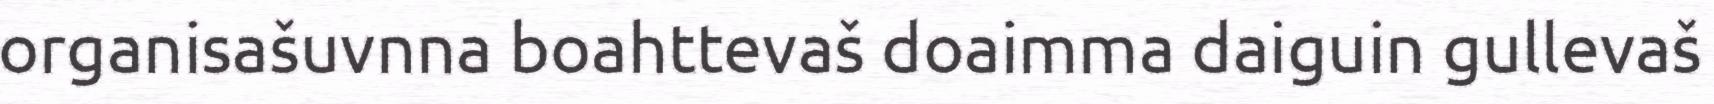
organisašuvnna boahttevaš doaimma daiguin gullevaš